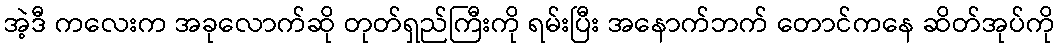
အဲ့ဒီ ကလေးက အခုလောက်ဆို တုတ်ရှည်ကြီးကို ရမ်းပြီး အနောက်ဘက် တောင်ကနေ ဆိတ်အုပ်ကို